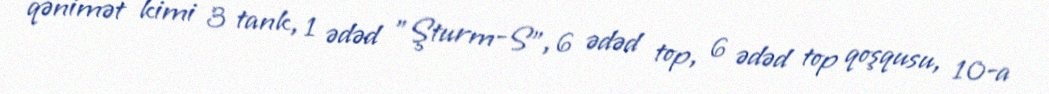
qənimət kimi 3 tank, 1 ədəd "Şturm-S", 6 ədəd top, 6 ədəd top qoşqusu, 10-a